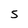
Character: S